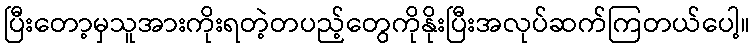
ပြီးတော့မှသူအားကိုးရတဲ့တပည့်တွေကိုနိုးပြီးအလုပ်ဆက်ကြတယ်ပေါ့။